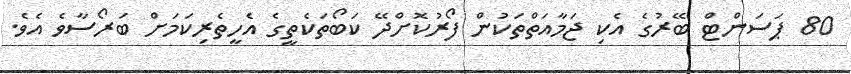
80 ޕަސަންޓް ބޭރުގެ އެކި ޖަމާއަތްތަކުން ފޯރުކޮށްދޭ ކަބޯތަކެތީގެ އެހީތެރިކަމަށް ބަރޯސާވެ އެވެ.